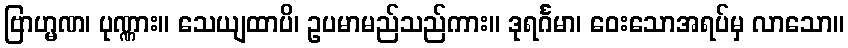
ဗြာဟ္မဏ၊ ပုဏ္ဏား။ သေယျထာပိ၊ ဥပမာမည်သည်ကား။ ဒုရင်္ဂမာ၊ ဝေးသောအရပ်မှ လာသော။